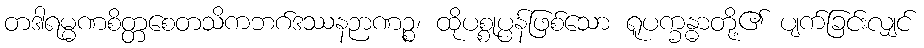
တဒါရမ္မဏစိတ္တစေတသိကဘဂ်ဒဿနဉာဏဉ္စ၊ ထိုပစ္စုပ္ပန်ဖြစ်သော ရူပက္ခန္ဓာတို့၏ ပျက်ခြင်းလျှင်